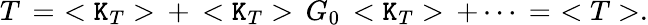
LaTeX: T\, =\, \, <\mathtt{K}_{T}>\, +\, <\mathtt{K}_{T}>\, G_{0}\, <\mathtt{K}_{T}>\, +\cdots\, =\, \, <T>.